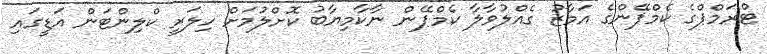
ޓްރަމްޕްގެ ކެމްޕޭންގެ އަމާޒު ގެއްލުވާލާ ކެމްޕޭން ނާކާމިޔާބު ކޮށްލުމަށް ހިލަރީ ކްލިންޓަން އަޑީގައި